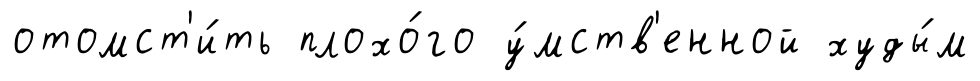
отомст'и́ть плохо́го у́мств'енной худы́м